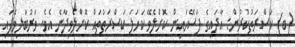
(ބ) ކަސްރަތުކުރުން: އާދައިގެ ފަސޭހައިން ކޮށްލެވޭ ކަހަލަ ކަސްރަތުތައް ކޮށްލެވިދާނެ އެވެ. ވަރުބަލިވެފައި